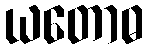
ယတောဓ